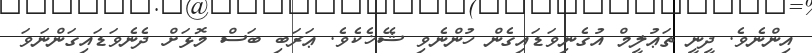
އިންނެވެ. ދީނީ ތަޢުލީމް އުގެނިވަޑައިގެން ހުންނެވި ޝޭޚެކެވެ. ޢަރަބި ބަސް މޮޅަށް ދެނެވަޑައިގަންނަވަ